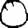
Digit: 0